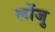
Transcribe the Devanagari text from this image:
लोंजु